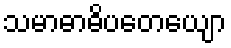
သမာဓာဓိပတေယျော